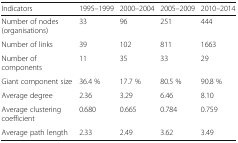
| Indicators | 1995–1999 | 2000–2004 | 2005–2009 | 2010–2014 |
 | --- | --- | --- | --- | --- |
 | Number of nodes (organisations) | 33 | 96 | 251 | 444 |
 | Number of links | 39 | 102 | 811 | 1663 |
 | Number of components | 11 | 35 | 33 | 29 |
 | Giant component size | 36.4 % | 17.7 % | 80.5 % | 90.8 % |
 | Average degree | 2.36 | 3.29 | 6.46 | 8.10 |
 | Average clustering coefficient | 0.680 | 0.665 | 0.784 | 0.759 |
 | Average path length | 2.33 | 2.49 | 3.62 | 3.49 |